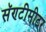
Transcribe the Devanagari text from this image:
सॅण्टीमीटर